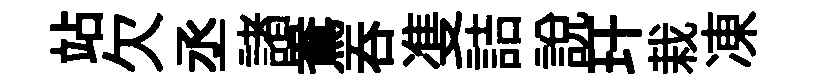
站欠丞諸鴦吞㕠詰說玕栽凍